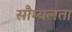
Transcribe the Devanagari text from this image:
सौम्‍यलता